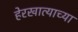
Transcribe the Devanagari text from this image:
हेरखात्याच्या